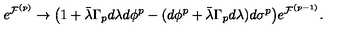
e ^ { { \cal F } ^ { ( p ) } } \rightarrow \big ( 1 + \bar { \lambda } \Gamma _ { p } d \lambda d \phi ^ { p } - ( d \phi ^ { p } + \bar { \lambda } \Gamma _ { p } d \lambda ) d \sigma ^ { p } \big ) e ^ { { \cal F } ^ { ( p - 1 ) } } .